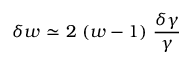
{ \delta } w \ { \simeq } \ 2 \ ( w - 1 ) \ \frac { \delta \gamma } { \gamma }